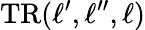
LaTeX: \mathrm{TR}(\ell^{\prime},\ell^{\prime\prime},\ell)